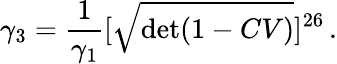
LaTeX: \gamma_{3}=\frac{1}{\gamma_{1}}[\sqrt{\operatorname*{det}(1-CV)}]^{26}\, .